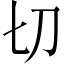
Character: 切